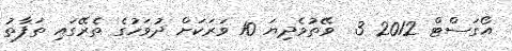
އޯގަސްޓް 2012 3  ވޭތުވެދިޔަ 10 ވަރަކަށް ދުވަހުގެ ތެރޭގައި ތަފާތު